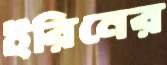
ইরিনের